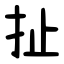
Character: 扯